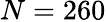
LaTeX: N=260